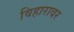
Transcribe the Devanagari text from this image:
विहारावर